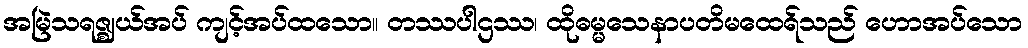
အမြဲသရဇ္ဈယ်အပ် ကျင့်အပ်ထသော။ တဿပါဌဿ၊ ထိုဓမ္မသေနာပတိမထေရ်သည် ဟောအပ်သော